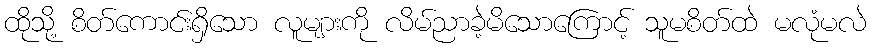
ထိုသို့ စိတ်ကောင်းရှိသော လူများကို လိမ်ညာခဲ့မိသောကြောင့် သူမစိတ်ထဲ မလုံမလဲ